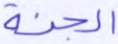
الجنة